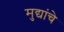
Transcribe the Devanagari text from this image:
मुद्यांचे